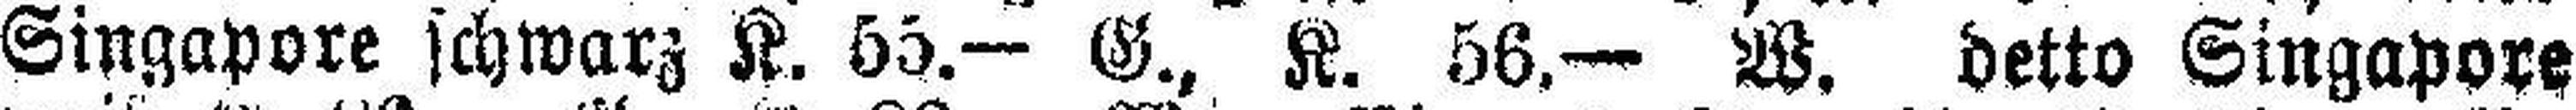
Singapore schwarz K. 55.— G., K. 56.— W. detto Singapore